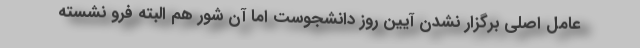
عامل اصلی برگزار نشدن آیین روز دانشجوست اما آن شور هم البته فرو نشسته